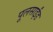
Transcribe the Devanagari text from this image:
पूलसाईंड